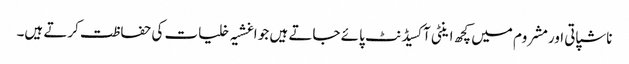
ناشپاتی اورمشروم میں کچھ اینٹی آکسیڈنٹ پائے جاتے ہیں جو اغشیہ خلیات کی حفاظت کرتے ہیں۔